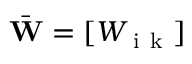
\bar { \bf W } = [ W _ { \mathrm { ~ i ~ k ~ } } ]